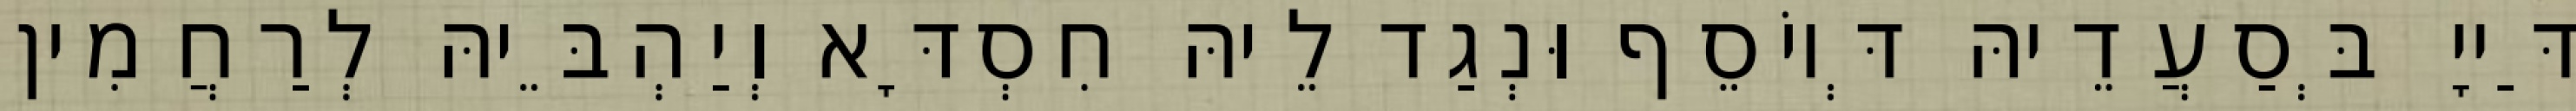
דַּייָ בְּסַעֲדֵיהּ דְּיוֹסֵף וּנְגַד לֵיהּ חִסְדָּא וְיַהְבֵּיהּ לְרַחֲמִין